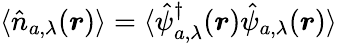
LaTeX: \langle\hat{n}_{a,\lambda}(\boldsymbol{r})\rangle=\langle\hat{\psi}_{a,\lambda}^{\dagger}(\boldsymbol{r})\hat{\psi}_{a,\lambda}(\boldsymbol{r})\rangle